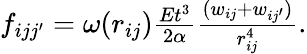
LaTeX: \begin{array}{r}{f_{ijj^{\prime}}=\omega(r_{ij})\frac{Et^{3}}{2\alpha}\frac{(w_{ij}+w_{ij^{\prime}})}{r_{ij}^{4}}.}\end{array}